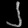
Digit: ၂